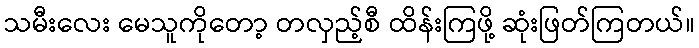
သမီးလေး မေသူကိုတော့ တလှည့်စီ ထိန်းကြဖို့ ဆုံးဖြတ်ကြတယ်။